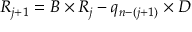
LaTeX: R _ { j + 1 } = B \times R _ { j } - q _ { n - ( j + 1 ) } \times D